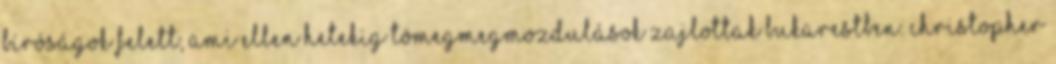
bíróságok felett, ami ellen hetekig tömegmegmozdulások zajlottak Bukarestben. Christopher